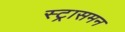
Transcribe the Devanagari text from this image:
स्ट्रासमन